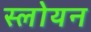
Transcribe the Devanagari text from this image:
स्लोयन